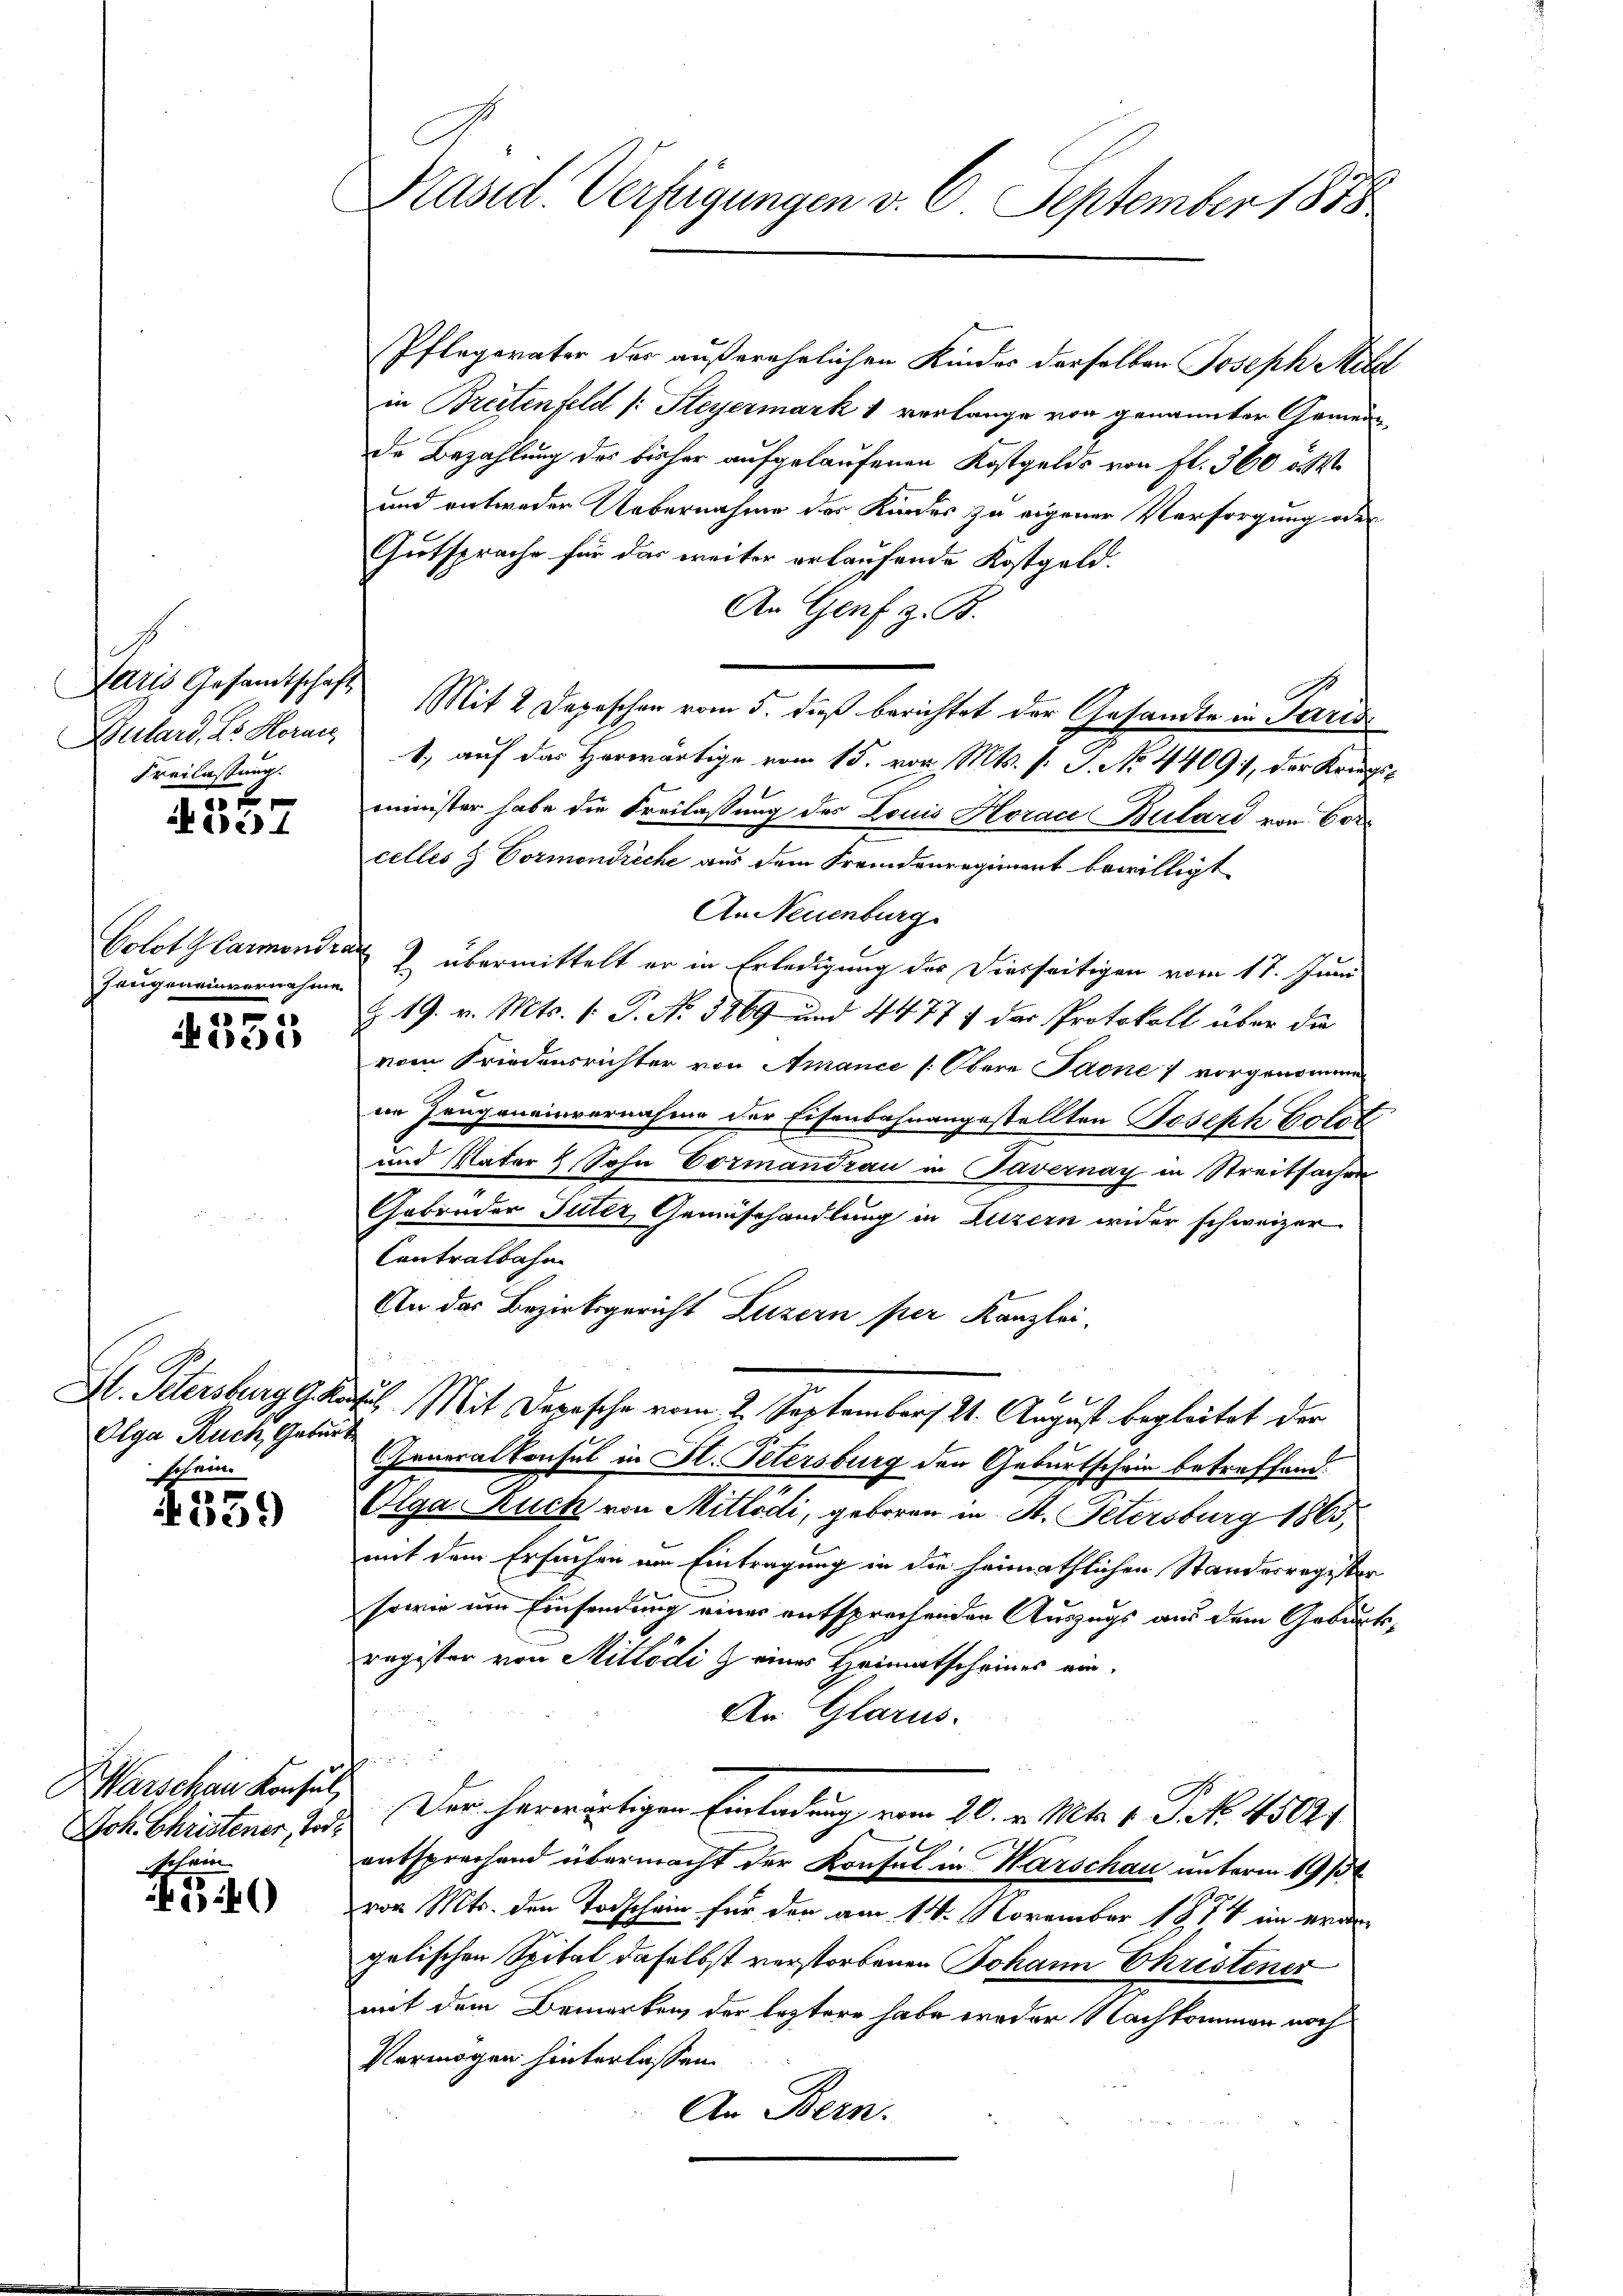
Bulard, es Horare
Freilassung.

156
ie) 4

Zeugeneinvernehmen

c
530

Olga Ruch, Geburt
schein.

4339

Harschau Konsul
Joh. Christener, Tod.
Echam

40

Präsid. Verfügungen v. 6. September 1878

Pflegerater der außerehelichen Kindes derselben Joseph Mild
in Breitenfeld (: Steyermark 1 verlange von genannter Gemeinde Bezahlung des bisher aufgelaufenen Kostgelds von fl. 360 ött
und entweder Uebernahme des Kindes zu eigener Versorgung oder
Gutsprache für das weiter erlaufende Kostgeld.
An Genf z. B.
Paris Gesamtschaft Mit 2 Depeschen vom 5. dieß berichtet der Gesamte in Paris
1., auf das Horwärtige vom 15. vor. Mts. v. P. No. 4409, der Kriegsminister habe die Freilassung des Louis Horace Bulard von Corcelles & Vormondreche aus dem Fremdenregiment bewilligt
An Neuenburg
Golot Harmondrat J. übermittelt er in Erledigung der Diesseitigen vom 17. Juni
Z. 19. v. Mts. v. P. No. 3269 und 4477 der Protokoll über die
vom Friedensrichter von Arance (Obere Paone 1 vorgenomme
in Zeugeneinvernahme der Eisenbahnangestellten Joseph Solot
und Vater Sohn Eormandrau in Tavernay in Streitsachen
Gebrüder Tuter Gemüsehandlung in Luzern wider schweizer
Centralbahn
An das Bezirksgericht Luzern per Kanzlei-
S. Petersburg Graus Mit Depesche vom 2. September 11. August begleitet der
Generalkonsul in H. Petersburg den Geburtschein betreffend.
Olga Ruch von Mittödi, geboren in St. Petersburg 1865,
mit dem Ersuchen am Eintragung in die heimathlichen Standesregister
sowie um Einsendung einer entsprechenden Auszugs aus dem Geburtsregister von Mittödiz eines Heimatscheines ein¬
An Glarus.
u
Der herwärtigen Einladung vom 20. v. Mts. 1. P. Nr. 45024
entsprechend übermacht der Konsul in Warschau unterm 19/3t
von Mts. den Todschein für der am 14. November 1874 im erangelischen Spital daselbst verstorbenen Johann Christener
mit dem Bemerken, der leztere habe weder Nachkommen noch
Vermögen hinterlassen.
An Bern.